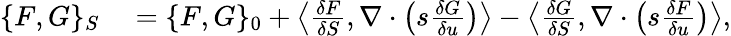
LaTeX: \begin{array}{rl}{\{ F,G\} _{S}}&{{}=\{ F,G\} _{0}+\left\langle\frac{\delta F}{\delta S},\nabla\cdot\left(s\frac{\delta G}{\delta u}\right)\right\rangle-\left\langle\frac{\delta G}{\delta S},\nabla\cdot\left(s\frac{\delta F}{\delta u}\right)\right\rangle,}\end{array}